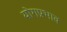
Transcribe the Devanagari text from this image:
योगप्रभाव